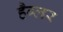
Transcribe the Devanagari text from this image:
हैग्लर